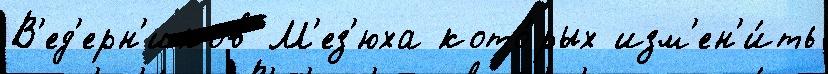
В'ед'ерн'иков М'ез'юха кото́рых изм'ен'и́ть